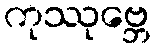
ကုဿုဗ္ဘေ